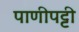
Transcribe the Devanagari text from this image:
पाणीपट्टी